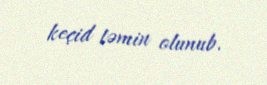
keçid təmin olunub.